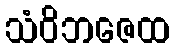
သံဝိဘဇေထ